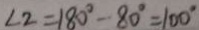
\angle 2 = 1 8 0 ^ { \circ } - 8 0 ^ { \circ } = 1 0 0 ^ { \circ }